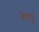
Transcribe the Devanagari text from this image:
तेलई